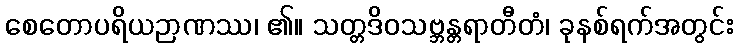
စေတောပရိယဉာဏဿ၊ ၏။ သတ္တဒိဝသဗ္ဘန္တရာတီတံ၊ ခုနစ်ရက်အတွင်း